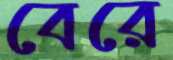
বেরে